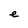
Character: e